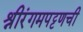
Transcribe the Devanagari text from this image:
श्रीरंगमपट्टणची